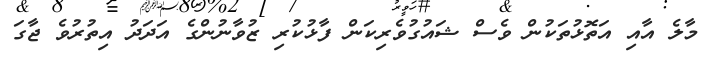
މާލެ އާއި އަތޮޅުތަކުން ވެސް ޝައުގުވެރިކަން ފާޅުކުރި ޒުވާނުންގެ އަދަދު އިތުރުވެ ޖާގަ